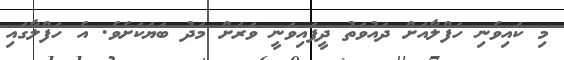
މި ކައިވެނި ހަފްލާއަށް ދައުވަތު ދީފައިވަަނީ ވަރަށް މަދު ބަޔަކަށެވެ. އެ ހަފްލާގައި